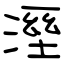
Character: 溼